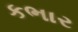
કભાર